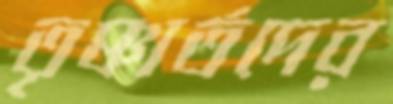
তৃষ্ণার্তদের